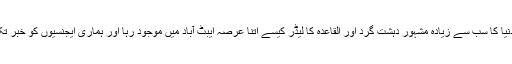
پہلا یہ کہ دنیا کا سب سے زیادہ مشہور دہشت گرد اور القاعدہ کا لیڈر کیسے اتنا عرصہ ایبٹ آباد میں موجود رہا اور ہماری ایجنسیوں کو خبر تک نہ ہوئی؟